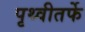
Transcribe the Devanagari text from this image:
पृथ्वीतर्फे